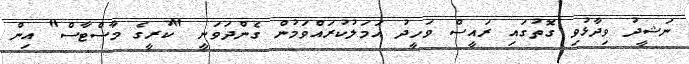
ނަޝީދު ވިދާޅުވި ގޮތުގައި ރައީސް ވަހީދު އަމަލުކުރައްވަމުން ގެންދަވަނީ "ކުރީގެ މާސްޓާސް" އިން